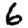
Digit: 6